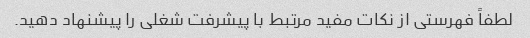
لطفاً فهرستی از نکات مفید مرتبط با پیشرفت شغلی را پیشنهاد دهید.